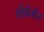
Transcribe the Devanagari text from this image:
शेवेर्मर